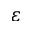
\varepsilon